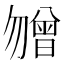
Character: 㬟